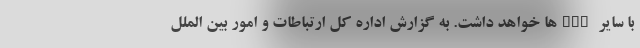
با سایر FCPها خواهد داشت. به گزارش اداره کل ارتباطات و امور بین الملل